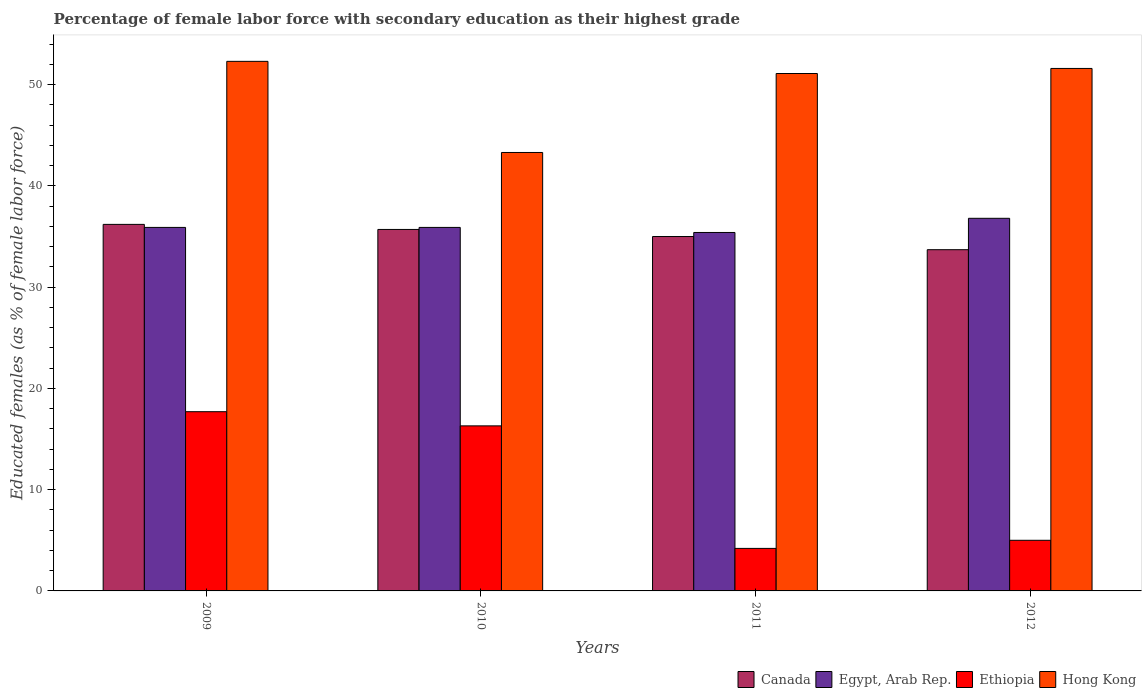
| Years | Canada | Egypt, Arab Rep. | Ethiopia | Hong Kong |
 | --- | --- | --- | --- | --- |
 | 2009 | 36.2 | 35.9 | 17.7 | 52.3 |
 | 2010 | 35.7 | 35.9 | 16.3 | 43.3 |
 | 2011 | 35 | 35.4 | 4.2 | 51.1 |
 | 2012 | 33.7 | 36.8 | 5 | 51.6 |